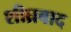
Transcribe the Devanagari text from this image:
शीघ्रबाद